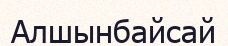
Алшынбайсай